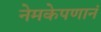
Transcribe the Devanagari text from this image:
नेमकेपणानं